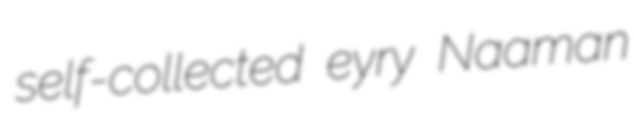
self-collected eyry Naaman